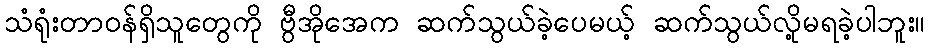
သံရုံးတာဝန်ရှိသူတွေကို ဗွီအိုအေက ဆက်သွယ်ခဲ့ပေမယ့် ဆက်သွယ်လို့မရခဲ့ပါဘူး။